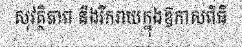
សុវត្ថិភាព និងរីករាយក្នុងឱកាសពិធី